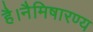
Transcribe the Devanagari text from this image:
है।नैमिषारण्य